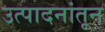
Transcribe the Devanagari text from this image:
उत्पादनांतून